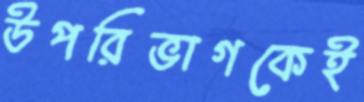
উপরিভাগকেই